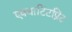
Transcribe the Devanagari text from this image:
एक्वाटिंटप्रिंट